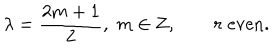
\lambda = { \frac { 2 m + 1 } { 2 } } , \; m \in { \bf Z } , \qquad r \; \mathrm { e v e n } .